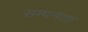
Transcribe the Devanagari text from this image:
सम्पनता